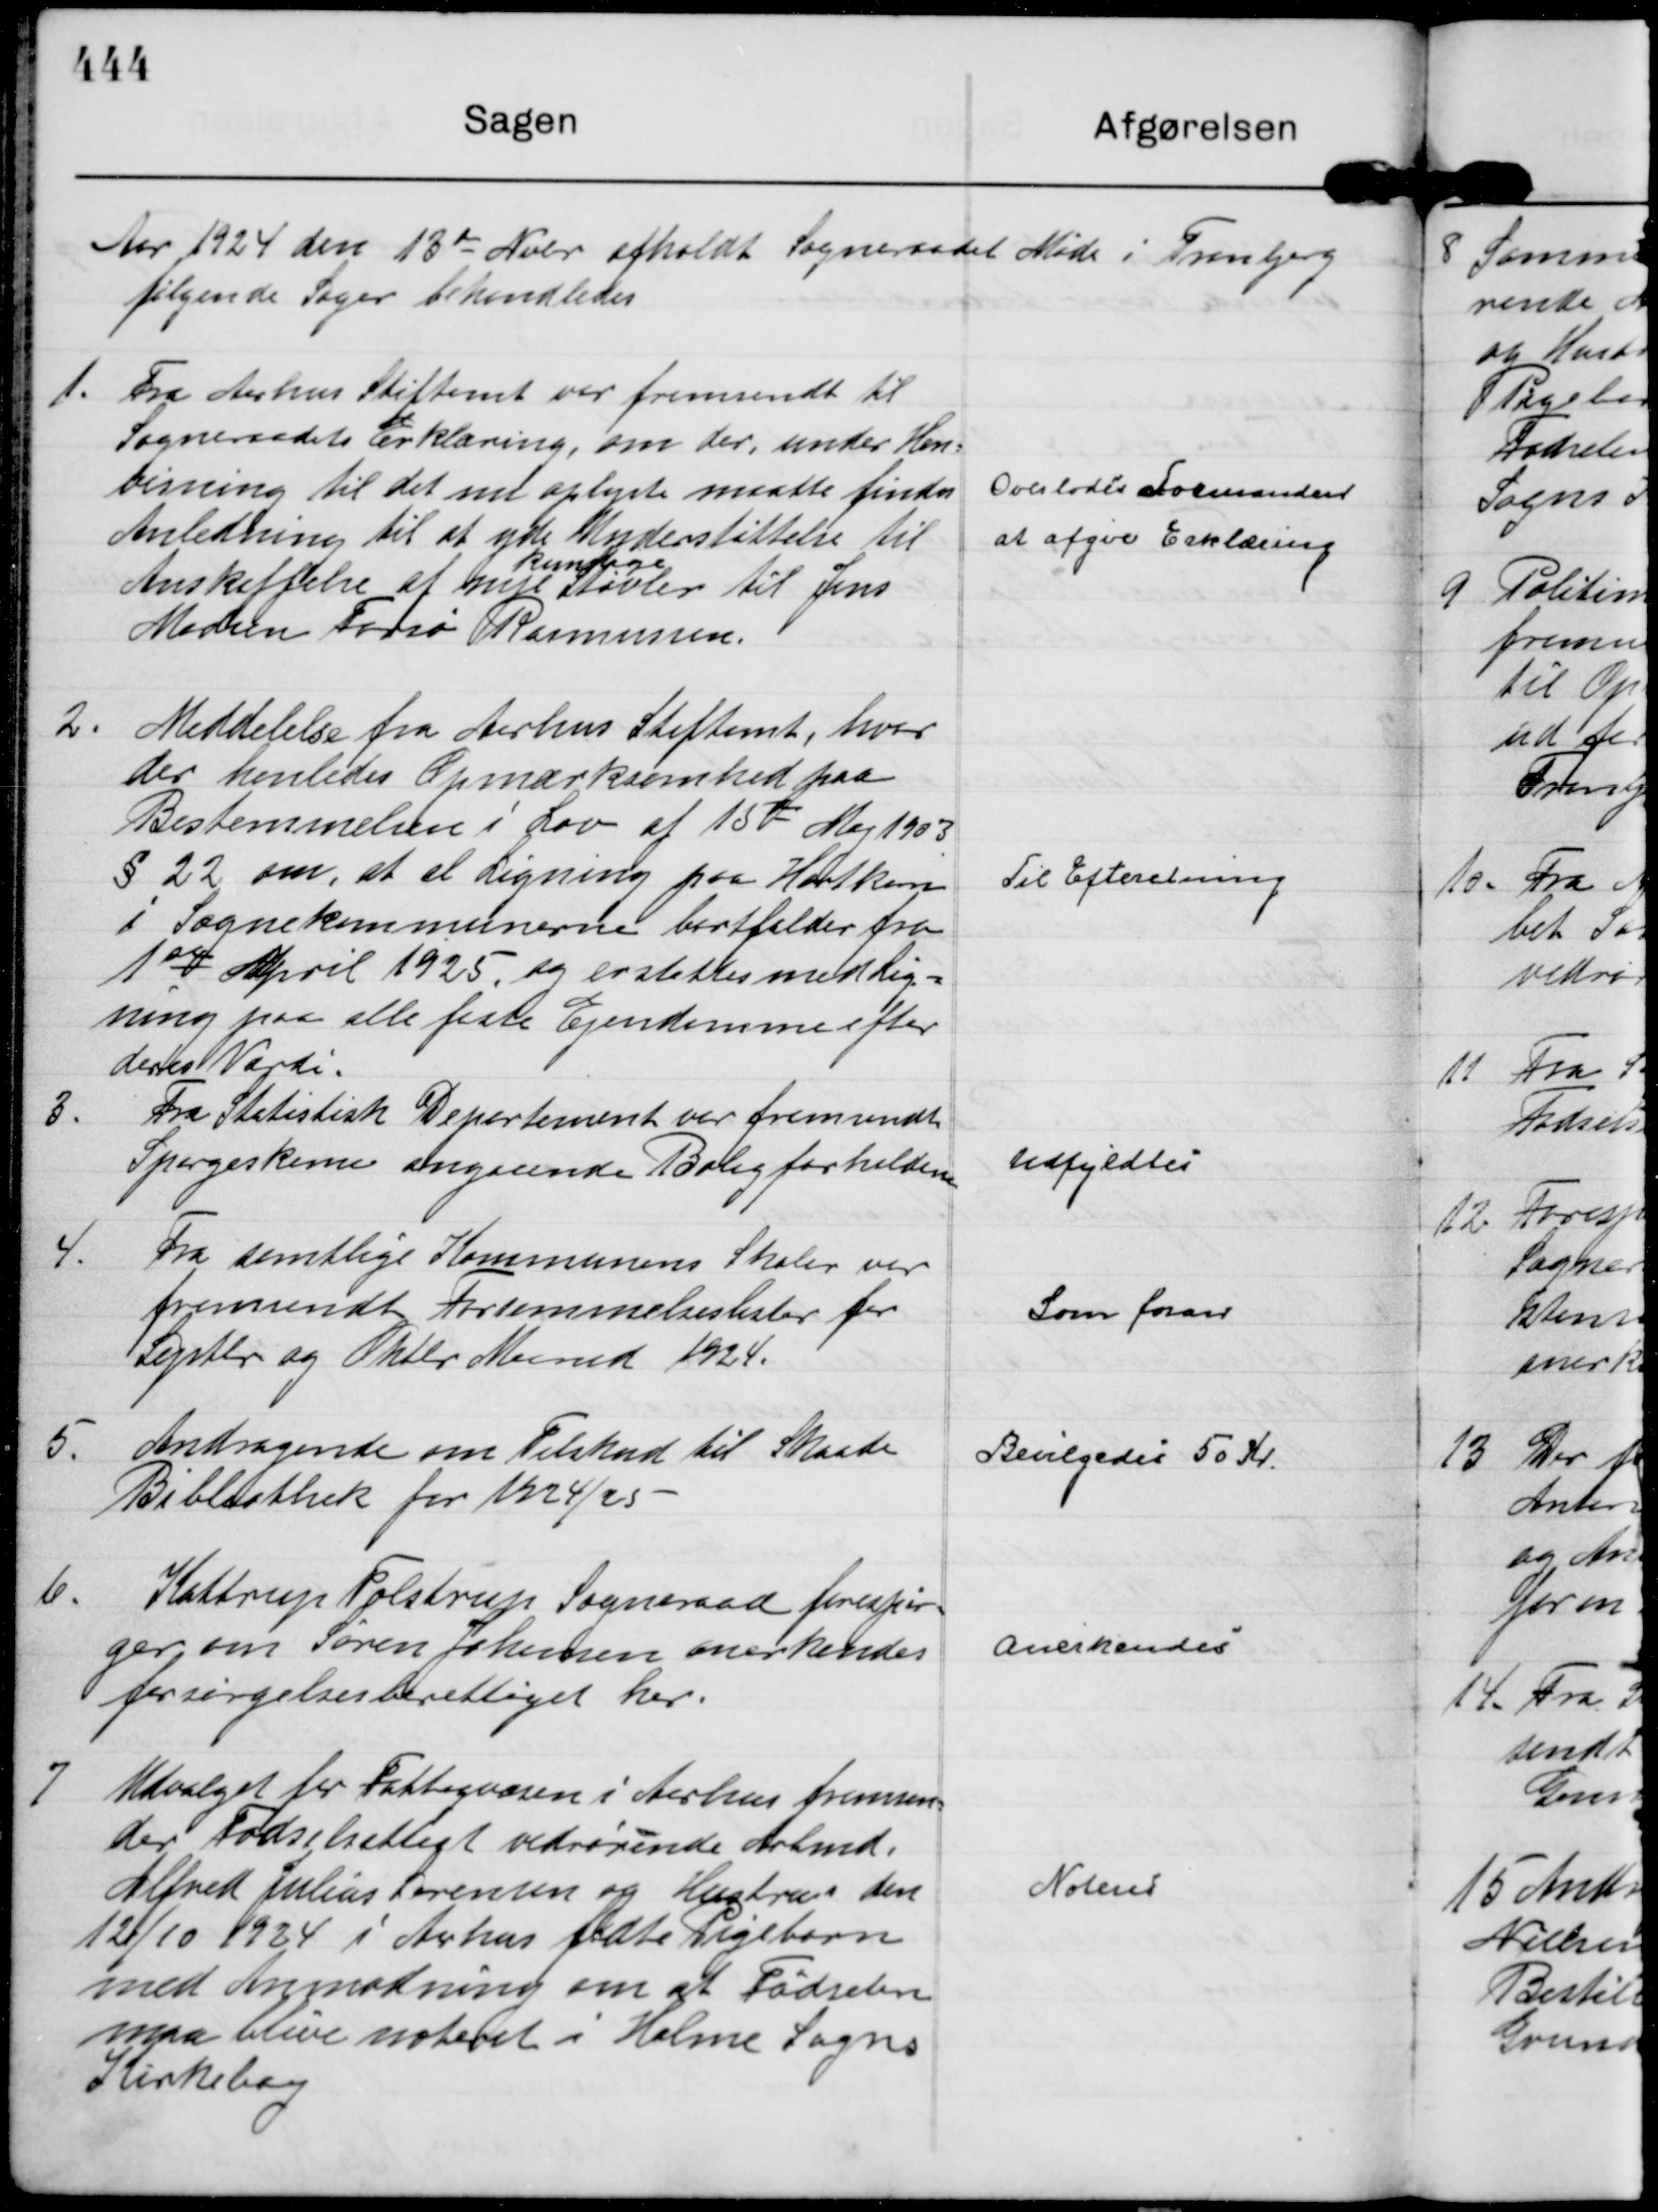
Transskription:
Aar 1924 den 13 de Nobr afholdt Sogneraadet Møde i Tranbjerg
følgende Sager behandledes

1.
Fra Aarhus Stiftamt var fremsendt til
Sogneraadets Erklæring, om der, under Hen=
visning til det nu oplyste maatte findes
Anledning til at yde Understøttelse til 
Anskaffelse af nye
kunstige
Støvler til Jens
Madsen Torsø Rasmussen.

Overlodes Formanden
at afgive Erklæring

2.
Meddelelse fra Aarhus Stiftamt, hvor 
der henledes Opmærksomhed paa
Bestemmelsen i Lov af 15de

Maj 1903
§ 22 om, at al Ligning paa Hartkorn
i Sognekommunerne bortfalder fra
1 ste April 1925, og erstattes med Lig=
ning paa alle faste Ejendomme efter
deres Værdi.

Til Efteretning

3.
Fra Statistisk Departement var fremsendt
Spørgeskema angaaende Boligforholdene

Udfyldtes

4.
Fra samtlige Kommuners Skoler var
fremsendt Forsømmelseslister for
Septbr og Oktbr Maaned 1924.

Som foran

5.
Andragende om Tilskud til Skaade
Bibliothek for 1924/25

Bevilgedes 50 Kr.

6.
Kattrup Tolstrup Sogneraad forespør= 
ger om Søren Johansen anerkendes
forsørgelsesberettiget her.

Anerkendes

7
Udvalget for Fattigvæsen i Aarhus fremsen=
der Fødselsattigt vedrørende Arbmd. 
Alfred Julius Sørensen og Hustrus den 
12/10 1924 i Aarhus fødte Pigebarn
med Anmodning om at Fødselen
maa blive noteret i Holme Sogns
Kirkebog

Noteres